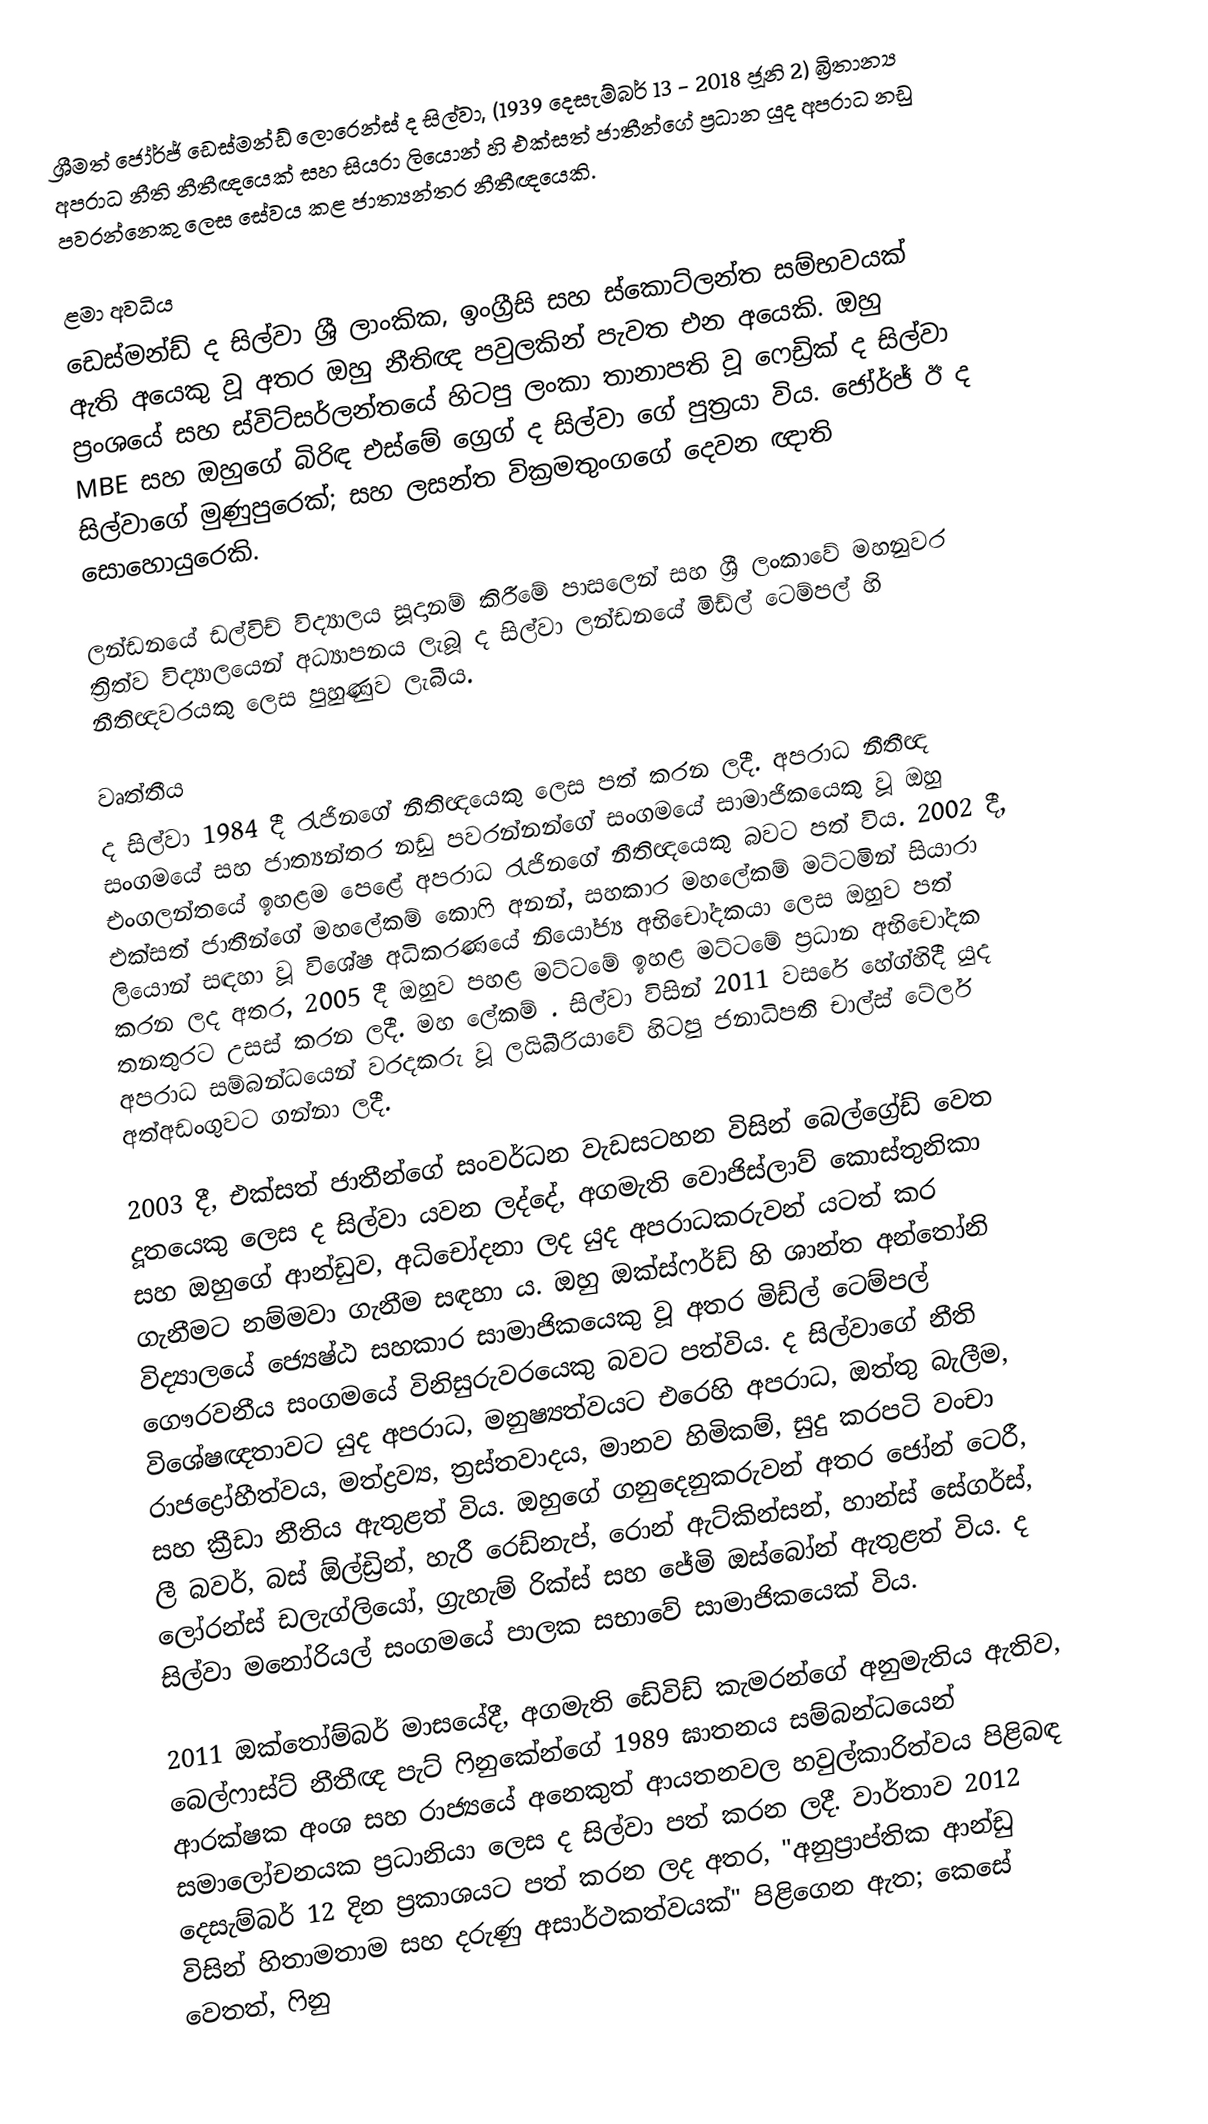
ශ්‍රීමත් ජෝර්ජ් ඩෙස්මන්ඩ් ලොරෙන්ස් ද සිල්වා,  (1939 දෙසැම්බර් 13 - 2018 ජූනි 2) බ්‍රිතාන්‍ය අපරාධ නීති නීතීඥයෙක් සහ සියරා ලියොන් හි එක්සත් ජාතීන්ගේ ප්‍රධාන යුද අපරාධ නඩු පවරන්නෙකු ලෙස සේවය කළ ජාත්‍යන්තර නීතීඥයෙකි.

ළමා අවධිය
ඩෙස්මන්ඩ් ද සිල්වා ශ්‍රී ලාංකික, ඉංග්‍රීසි සහ ස්කොට්ලන්ත සම්භවයක් ඇති අයෙකු වූ අතර ඔහු නීතිඥ පවුලකින් පැවත එන අයෙකි. ඔහු ප්‍රංශයේ සහ ස්විට්සර්ලන්තයේ හිටපු ලංකා තානාපති වූ ෆෙඩ්‍රික් ද සිල්වා MBE සහ ඔහුගේ බිරිඳ එස්මේ ග්‍රෙග් ද සිල්වා ගේ පුත්‍රයා විය.  ජෝර්ජ් ඊ ද සිල්වාගේ මුණුපුරෙක්; සහ ලසන්ත වික්‍රමතුංගගේ දෙවන ඥාති සොහොයුරෙකි.

ලන්ඩනයේ ඩල්විච් විද්‍යාලය සූදානම් කිරීමේ පාසලෙන් සහ ශ්‍රී ලංකාවේ මහනුවර ත්‍රිත්ව විද්‍යාලයෙන් අධ්‍යාපනය ලැබූ ද සිල්වා ලන්ඩනයේ මිඩ්ල් ටෙම්පල් හි නීතිඥවරයකු ලෙස පුහුණුව ලැබීය.

වෘත්තීය
ද සිල්වා 1984 දී රැජිනගේ නීතිඥයෙකු ලෙස පත් කරන ලදී. අපරාධ නීතීඥ සංගමයේ සහ ජාත්‍යන්තර නඩු පවරන්නන්ගේ සංගමයේ සාමාජිකයෙකු වූ ඔහු එංගලන්තයේ ඉහළම පෙළේ අපරාධ රැජිනගේ නීතිඥයෙකු බවට පත් විය. 2002 දී, එක්සත් ජාතීන්ගේ මහලේකම් කොෆි අනන්, සහකාර මහලේකම් මට්ටමින් සියාරා ලියොන් සඳහා වූ විශේෂ අධිකරණයේ නියෝජ්‍ය අභිචෝදකයා ලෙස ඔහුව පත් කරන ලද අතර, 2005 දී ඔහුව පහළ මට්ටමේ ඉහළ මට්ටමේ ප්‍රධාන අභිචෝදක තනතුරට උසස් කරන ලදී. මහ ලේකම් . සිල්වා විසින් 2011 වසරේ හේග්හිදී යුද අපරාධ සම්බන්ධයෙන් වරදකරු වූ ලයිබීරියාවේ හිටපු ජනාධිපති චාල්ස් ටේලර් අත්අඩංගුවට ගන්නා ලදී.

2003 දී, එක්සත් ජාතීන්ගේ සංවර්ධන වැඩසටහන විසින් බෙල්ග්‍රේඩ් වෙත දූතයෙකු ලෙස ද සිල්වා යවන ලද්දේ, අගමැති වොජිස්ලාව් කොස්තුනිකා සහ ඔහුගේ ආන්ඩුව, අධිචෝදනා ලද යුද අපරාධකරුවන් යටත් කර ගැනීමට නම්මවා ගැනීම සඳහා ය. ඔහු ඔක්ස්ෆර්ඩ් හි ශාන්ත අන්තෝනි විද්‍යාලයේ ජ්‍යෙෂ්ඨ සහකාර සාමාජිකයෙකු වූ අතර මිඩ්ල් ටෙම්පල් ගෞරවනීය සංගමයේ විනිසුරුවරයෙකු බවට පත්විය.  ද සිල්වාගේ නීති විශේෂඥතාවට යුද අපරාධ, මනුෂ්‍යත්වයට එරෙහි අපරාධ, ඔත්තු බැලීම, රාජද්‍රෝහීත්වය, මත්ද්‍රව්‍ය, ත්‍රස්තවාදය, මානව හිමිකම්, සුදු කරපටි වංචා සහ ක්‍රීඩා නීතිය ඇතුළත් විය. ඔහුගේ ගනුදෙනුකරුවන් අතර ජෝන් ටෙරී, ලී බවර්, බස් ඕල්ඩ්‍රින්,  හැරී රෙඩ්නැප්, රොන් ඇට්කින්සන්, හාන්ස් සේගර්ස්, ලෝරන්ස් ඩලැග්ලියෝ, ග්‍රැහැම් රික්ස් සහ ජේමි ඔස්බෝන් ඇතුළත් විය. ද සිල්වා මනෝරියල් සංගමයේ පාලක සභාවේ සාමාජිකයෙක් විය.

2011 ඔක්තෝම්බර් මාසයේදී, අගමැති ඩේවිඩ් කැමරන්ගේ අනුමැතිය ඇතිව, බෙල්ෆාස්ට් නීතීඥ පැට් ෆිනුකේන්ගේ 1989 ඝාතනය සම්බන්ධයෙන් ආරක්ෂක අංශ සහ රාජ්‍යයේ අනෙකුත් ආයතනවල හවුල්කාරිත්වය පිළිබඳ සමාලෝචනයක ප්‍රධානියා ලෙස ද සිල්වා පත් කරන ලදී. වාර්තාව 2012 දෙසැම්බර් 12 දින ප්‍රකාශයට පත් කරන ලද අතර, "අනුප්‍රාප්තික ආන්ඩු විසින් හිතාමතාම සහ දරුණු අසාර්ථකත්වයක්" පිළිගෙන ඇත;   කෙසේ වෙතත්, ෆිනු